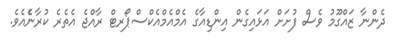
ދެންނާ ޒައްގޫމު ވެސް ފުށަށް އަޅައިގެން އިންޑިއާގެ އެމްއެމްއެކްސްޕޯރޓް ރާއްޖެ އެތެރެ ކުރާނެެއެވެ.